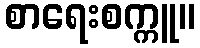
စာရေးစက္ကူ။